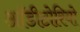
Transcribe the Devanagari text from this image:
ऑडीटोरियो